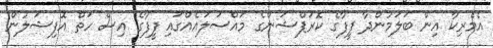
އެމެރިކާ އިން ބަލަމުންދާ ފީފާގެ ކޮރަޕްޝަންގެ މައްސަލައެއްގައި ފީފާގެ އިސް ހަތް އޮފިޝަލުން